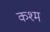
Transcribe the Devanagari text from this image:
कश्म